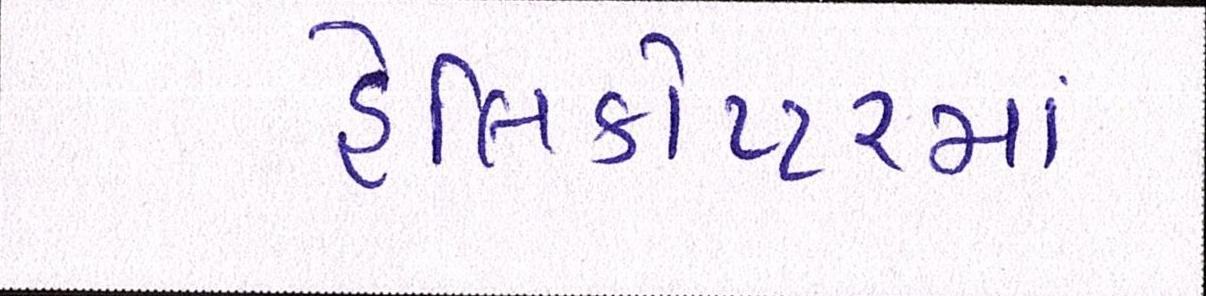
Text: હેલિકોપ્ટરમાં